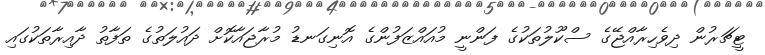
ޓީޗަރުން ދިވެހިރާއްޖޭގެ ސްކޫލުތަކުގެ ފަންނީ މުއައްޒަފުންގެ އޮނިގަނޑު މުރާޖައާކޮށް ދައުލަތުގެ ތަފާތު ދާއިރާތަކުގައި